Report on vaccination North-West Frontier Province 1904-1922 - 1904-1922
Year: 1904
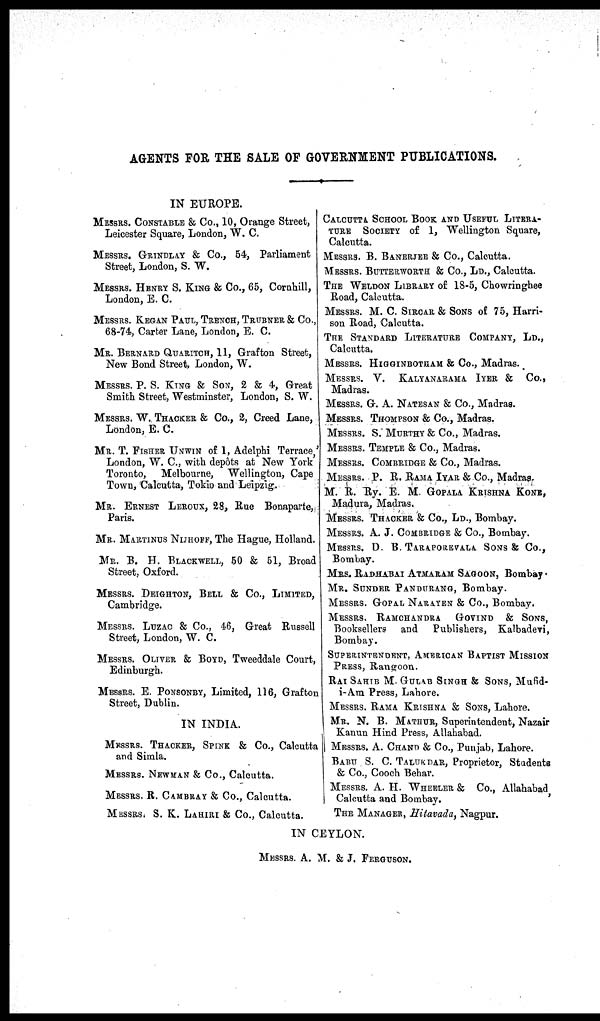
AGENTS FOR THE SALE OF GOVERNMENT PUBLICATIONS.
IN EUROPE.
MESSRS. CONSTABLE & Co., 10, Orange Street,
Leicester Square, London, W. C.
MESSRS. GRINDLAY & Co., 64, Parliament
Street, London, S. W.
MESSRS. HENRY S. KING & Co., 65, Cornhill,
London, E. C.
MESSRS. KEGAN PAUL, TRENCH, TRUBNER & Co.,
68-74, Carter Lane, London, E. C.
MR. BERNARD QUARITCH, 11, Grafton Street,
New Bond Street, London, W.
MESSRS. P. S. KING & SON, 2 & 4, Great
Smith Street, Westminster, London, S. W.
MESSRS. W. THACKER & Co., 2, Creed Lane,
London, E. C.
MR. T. FISHER UNWIN of 1, Adelphi Terrace,'
London, W. C, with depôts at New York
Toronto, Melbourne, Wellington, Cape
Town, Calcutta, Tokio and Leipzig.
MR. ERNEST LEROUX, 28, Rue Bonaparte,
Paris.
MR. MARTINUS NIJHOFF, The Hague, Holland.
MR. B. H. BLACKWELL, 50 & 51, Broad
Street, Oxford.
MESSRS. DEIGHTON, BELL & Co., LIMITED,
Cambridge.
MESSRS. LUZAC & Co., 46, Great Russell
Street, London, W. C.
MESSRS. OLIVER & BOYD, Tweeddale Court,
Edinburgh.
MESSRS. E. PONSONBY, Limited, 116, Grafton
Street, Dublin.
IN INDIA.
MESSRS. THACKER, SPINK. & Co., Calcutta
and Simla.
MESSRS. NEWMAN & Co., Calcutta.
MESSRS. R. CAMBRAY & Co., Calcutta.
MESSRS. S. K. LAHIRI & Co., Calcutta.
CALCUTTA SCHOOL BOOK AND USEFUL LITERA-
---- SOCIETY of 1, Wellington Square,
Calcutta.
MESSRS. B. BANERJEE & Co., Calcutta.
MESSRS. BUTTERWORTH & Co., LD., Calcutta.
THE WELDON LIBRARY of 18-5, Chowringhee
Road, Calcutta.
MESSRS. M. C. SIRCAR & SONS of 75, Harri-
son Road, Calcutta.
THE STANDARD LITERATURE COMPANY, LD.,
Calcutta.
MESSRS. HIGGINBOTHAM & Co., Madras.
MESSRS. V. KALYANARAMA IYER & Co.,
Madras.
MESSRS. G. A. NATESAN & Co., Madras.
MESSRS. THOMPSON & Co., Madras.
MESSRS. S. MURTHY & Co., Madras.
MESSRS. TEMPLE & Co., Madras.
MESSRS. COMBRIDGE & Co., Madras.
MESSRS. P. R. RAMA IYAR & Co., Madras.
M. R. Ry. E. M. GOPALA KRISHNA KONS,
Madura, Madras.
MESSRS. THACKER & Co., LD., Bombay.
MESSRS. A. J. COMBRIDGE & Co., Bombay.
MESSRS. D. B. TARAPORKVALA SONS & Co.,
Bombay.
MRS. RADHABAI ATMARAM SAGOON, Bombay
MR. SUNDER PANDURANG, Bombay.
MESSRS. GOPAL NARAYEN & Co., Bombay.
MESSRS. RAMCHANDRA GOVIND & SONS,
Booksellers and
Publishers, Kalbadevi,
Bombay.
SUPERINTENDENT, AMERICAN BAPTIST MISSION
PRESS, Rangoon.
RAI SAHIB M. GULAB SINGE & SONS, Mufid¬
i-Am Press, Lahore.
MESSRS. RAMA KRISHNA & SONS, Lahore.
MR. N. B. MATHUR, Superintendent, Nazair
Kanun Hind Press, Allahabad.
MESSRS. A. CHAND & Co., Punjab, Lahore.
BABU S. C. TALUKDAR, Proprietor, Students
& Co., Cooch Behar.
MESSRS. A. H. WHEELER & Co., Allahabad,
Calcutta and Bombay.
THE MANAGER, Hitavada, Nagpur.
IN CEYLON.
MESSRS. A. M. & J. FERGUSON.